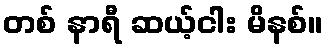
တစ် နာရီ ဆယ့်ငါး မိနစ်။